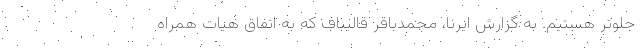
جلوتر هستیم. به گزارش ایرنا، محمدباقر قالیباف که به اتفاق هیات همراه